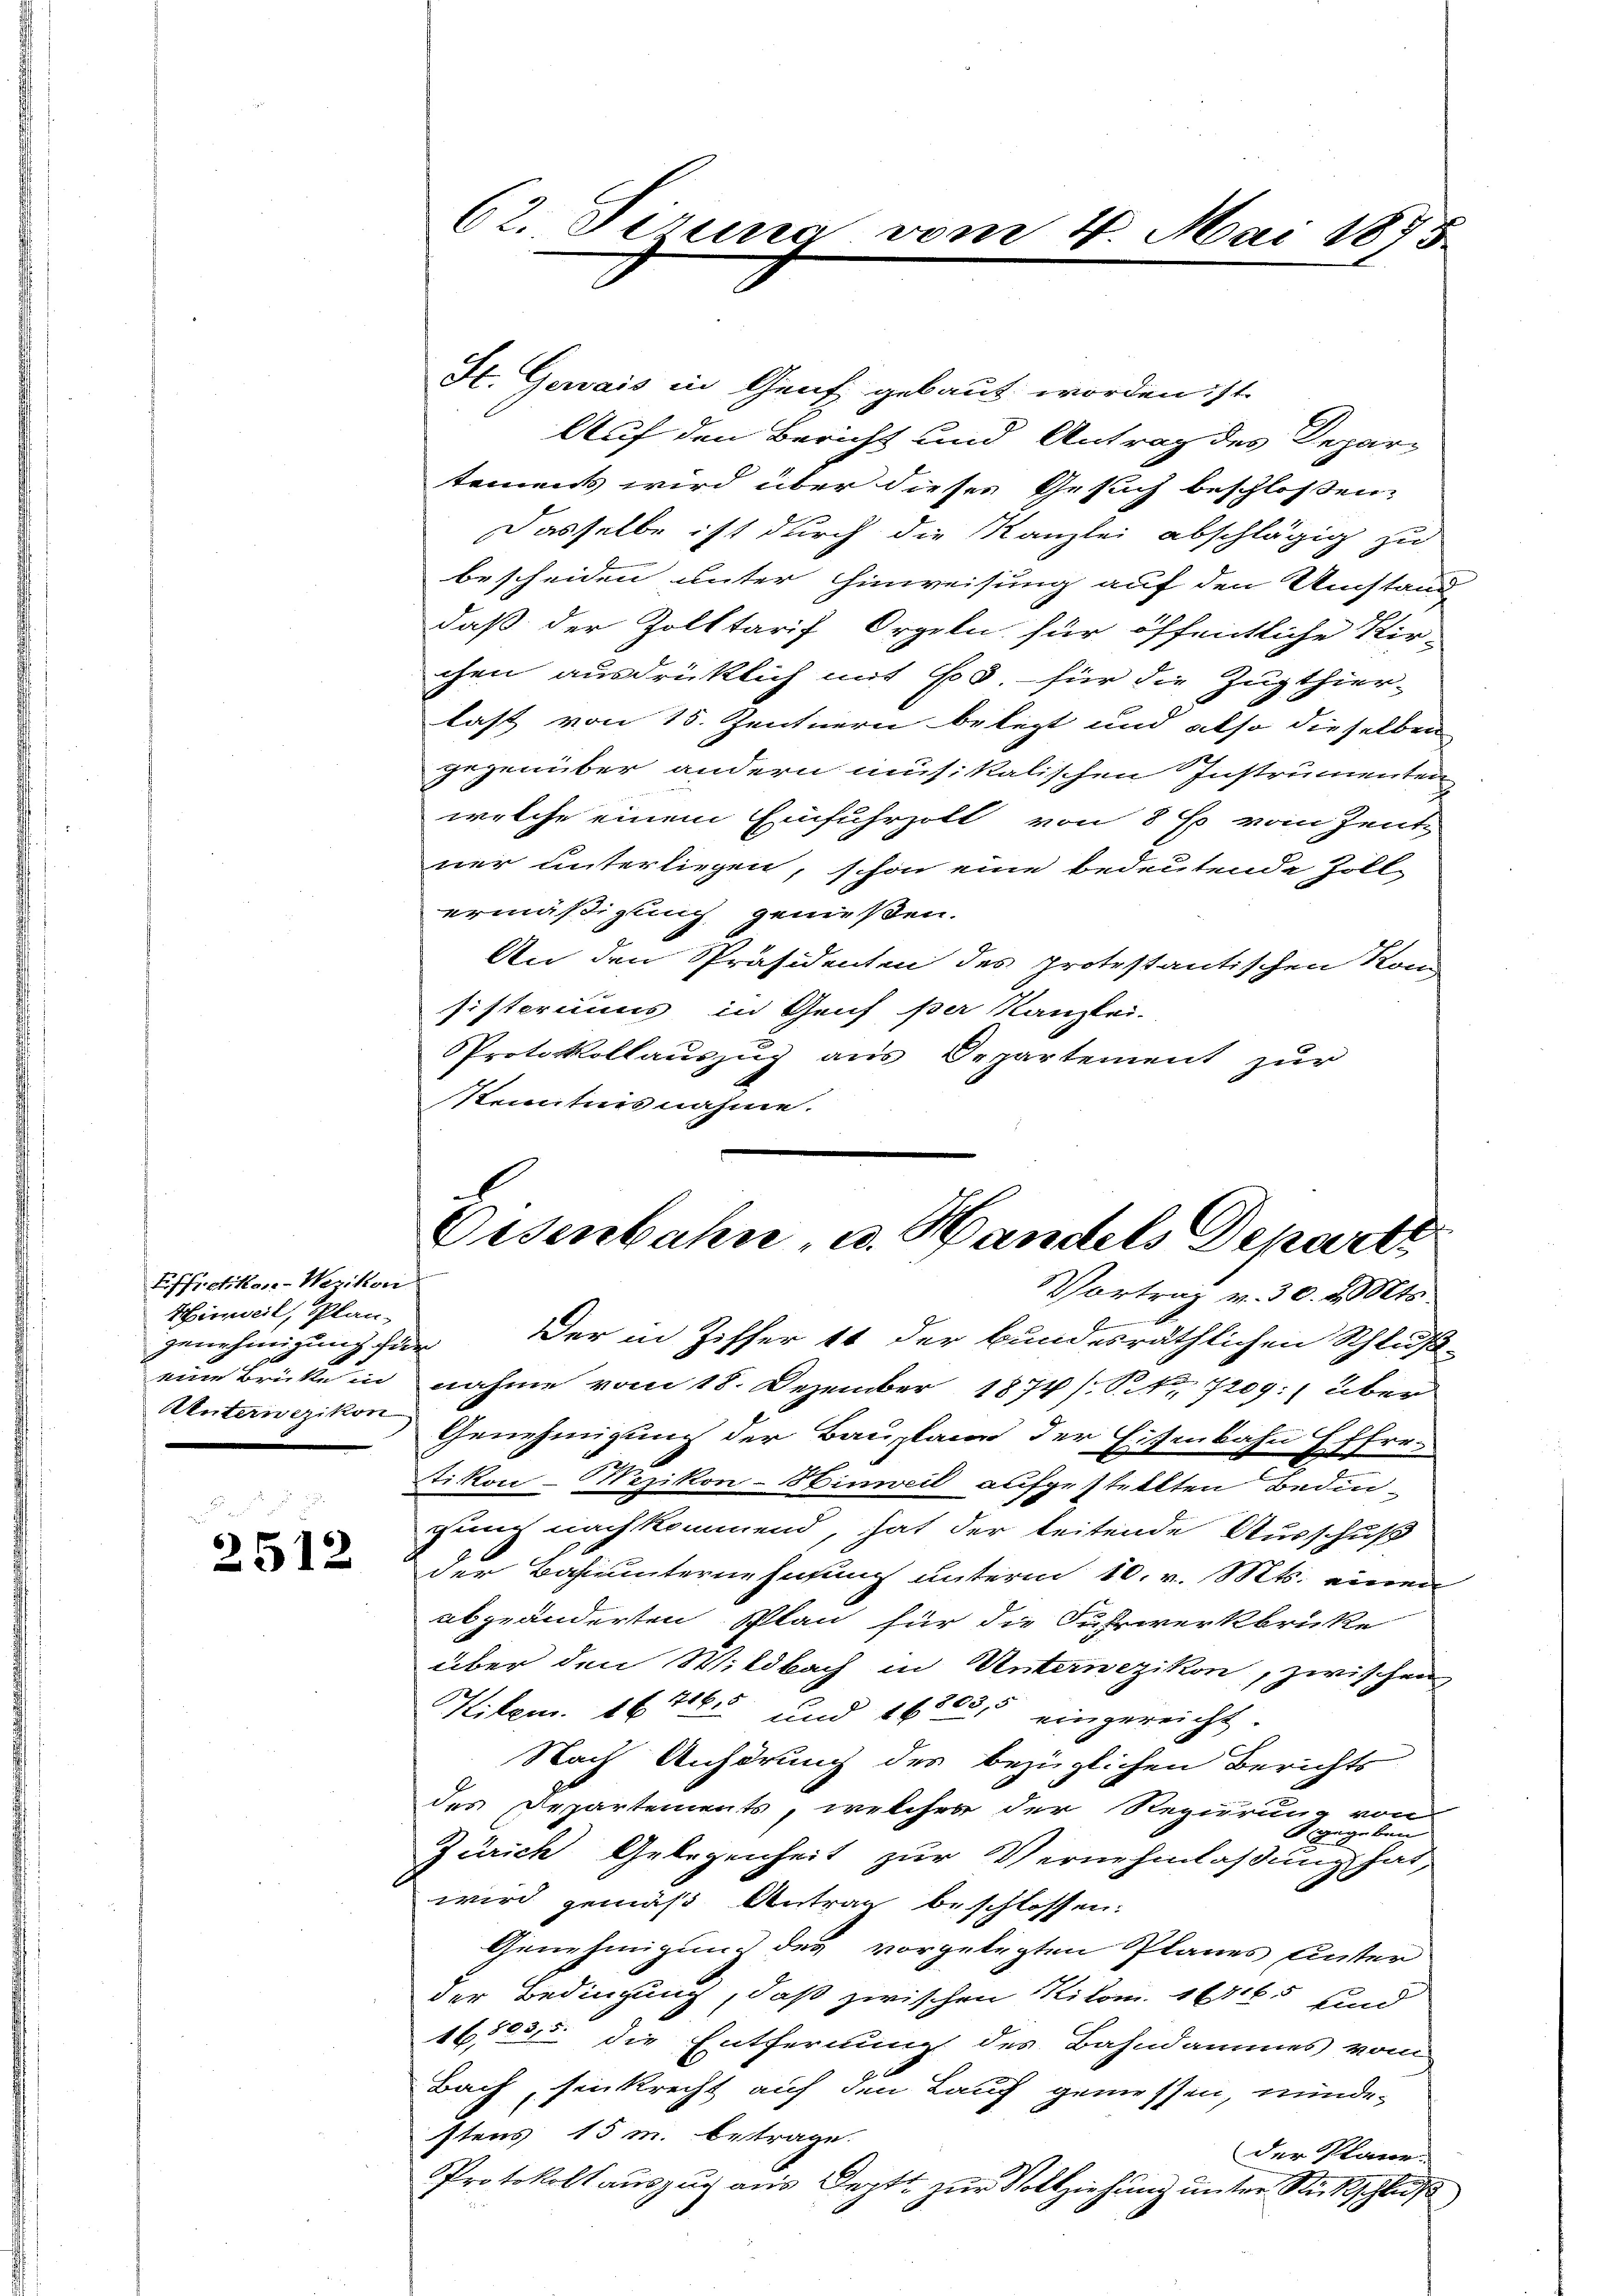
Effretikon-Wezikon
Hinweil, Plan
genehmigung für

2512

62. Sirna

St. Gervais in Genf gebaut worden ist.
Auf den Bericht und Antrag des Depar-
temens wird über dieses Gesuch beschlossen,
Dasselbe ist durch die Kanzlei abschlägig zu
bescheiden unter Hinweisung auf den Umstand
daß der Zolltarif Orgeln für öffentliche Kir-
chen ausdrüklich mit 65 - für die Zugthier-
last von 15. Zentnern belegt und also dieselben
gegenüber andern musikalischen Instrumenten
welche einem Einfuhrzolt von 8 f vom Zent-
ner unterliegen, schon eine bedeutende Zoll-
ermäßigung genießen.
An den Präsidenten des protestantischen Kom
sisteriums in Genf per Kanzlei-
Protokollauszug aus Departement zŭr
Kenntnisnahme.

4. Mai 1875

E
Eisenbahn u. Handels Depart
VVortrag v. 30. d. Mts.

Der in Ziffer 11 der bundesräthlichen Schluß-
eine Brücke in nahme vom 18. Dezember 1874 s. S. 720g über
Unternein Genehmigung der Bauplane der Eisenbahn Effretikon-Wezikon-Hinweil aufgestellten Bedin-
gung nachkommend, hat der leitende Ausschuß
der Bahnunternehmung unterm 10. v. Mts. einen
abgeänderten Plan für die Fuhrwerkbrüke
über den Wildbach in Unternezikon, zwischen
Kilen. 167
15 und 1605, eingereicht.
Nach Anhörung des bezüglichen Berichts
des Departements, welcher der Regierung von
geben
F
Zürich Gelegenheit zur Vernehmlaßung hat,
wird gemäß Antrag beschlossen:
Genehmigung des vorgelegten Planes Unter
der Bedingung, daß zwischen Kilom. 1865 und
1652311. die Entfernung des Bahndammes vom
Bach, sinkrecht auf den Lauf gemessen, mindestens 15 m. betrage.
der Plane.
Protokoll auszug aus Deptt zur Vollziehung unter Rückschluß